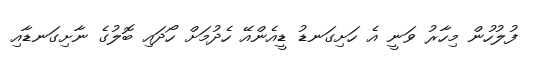
ފުލުހުން މިހާރު ވަނީ އެ ހަށިގަނޑު ޑީއެންއޭ ހެދުމަށް ހޯދައި ބޮލުގެ ނާށިގަނޑާއި